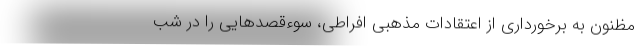
مظنون به برخورداری از اعتقادات مذهبی‌ افراطی، سوءقصدهایی را در شب